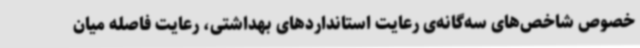
خصوص شاخص‌های سه‌گانه‌ی رعایت استانداردهای بهداشتی، رعایت فاصله میان